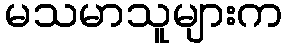
မသမာသူများက